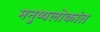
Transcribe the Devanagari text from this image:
मनुष्यलोकांत